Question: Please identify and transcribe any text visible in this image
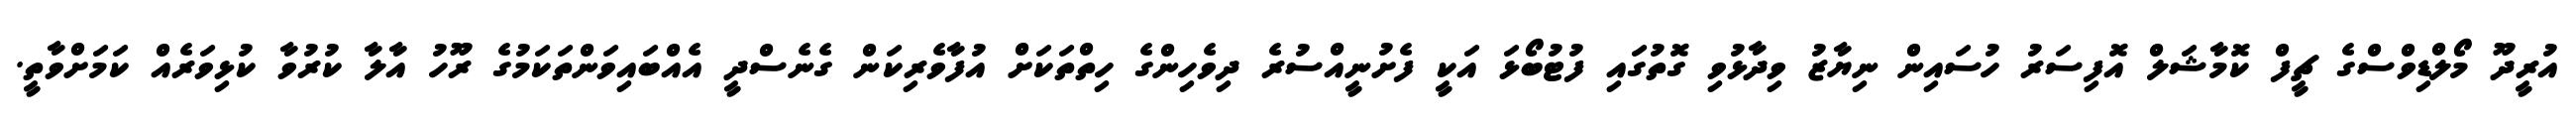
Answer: އުރީދޫ މޯލްޑިވްސްގެ ޗީފް ކޮމާޝަލް އޮފިސަރު ހުސައިން ނިޔާޒު ވިދާޅުވި ގޮތުގައި ފުޓުބޯޅަ އަކީ ފެށުނީއްސުރެ ދިވެހިންގެ ހިތްތަކަށް އުފާވެރިކަން ގެނެސްދީ އެއްބައިވަންތަކަމުގެ ރޫހު އާލާ ކުރުވާ ކުޅިވަރެއް ކަމަށްވާތީ.